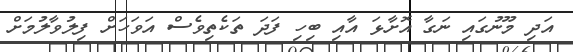
އަދި މޫނުގައި ނަގާ އޮށާޅަ އާއި ބިހި ފަދަ ތަކެތިވެސް އަވަހަށް ފިލުވާލުމަށް